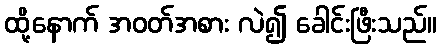
ထို့နောက် အဝတ်အစား လဲ၍ ခေါင်းဖြီးသည်။